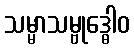
သမ္မာသမ္ဗုဒ္ဓေါဝ